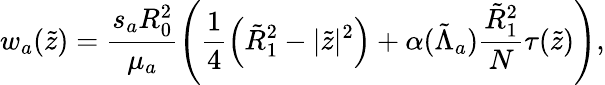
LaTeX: w_{a}(\tilde{z})=\frac{s_{a}R_{0}^{2}}{\mu_{a}}\left(\frac{1}{4}\left(\tilde{R}_{1}^{2}-|\tilde{z}|^{2}\right)+\alpha(\tilde{\Lambda}_{a})\frac{\tilde{R}_{1}^{2}}{N}\tau(\tilde{z})\right),